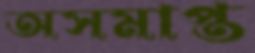
অসমাপ্ত